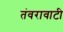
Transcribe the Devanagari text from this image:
तंवरावाटी